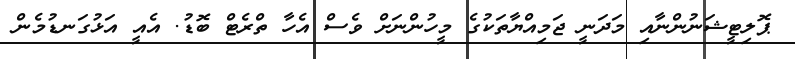
ޕޮލިޓީޝަނުންނާއި މަދަނީ ޖަމިއްޔާތަކުގެ މީހުންނަށް ވެސް އެހާ ތްރެޓް ބޮޑު. އެއީ އަޅުގަނޑުމެން